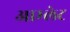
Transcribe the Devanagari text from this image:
आम्‍लेट